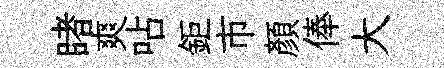
睹爽呫鉅市顏俸大